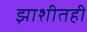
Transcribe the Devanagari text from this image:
झाशीतही